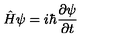
\hat { H } \psi = i \hbar \frac { \partial \psi } { \partial t }